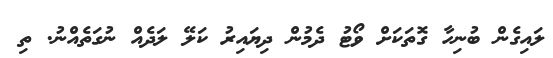
ލައިގެން ބުނިހާ ގޮތަކަށް ވޯޓު ދެމުން ދިޔައިރު ކަލޭ ލަދެއް ނުގަތެއްނު. ތި